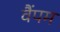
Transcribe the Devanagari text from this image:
वैंपम